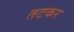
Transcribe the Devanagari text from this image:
तटकर